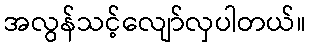
အလွန်သင့်လျော်လှပါတယ်။